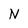
Character: N